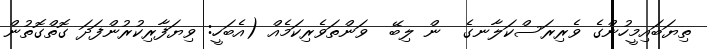
ތިޔަބައިމީހުންގެ ވެރިރަސްކަލާނގެ  ން ލިބޭ  ވަންތަވެރިކަމެއް (އެބަހީ: ވިޔަަފާރިކުރުންފަދަ ގޮތްގޮތުން